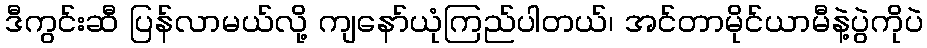
ဒီကွင်းဆီ ပြန်လာမယ်လို့ ကျနော်ယုံကြည်ပါတယ်၊ အင်တာမိုင်ယာမီနဲ့ပွဲကိုပဲ